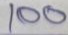
100